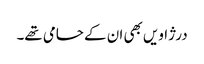
درژاویں بھی ان کے حامی تھے۔